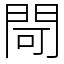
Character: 閜